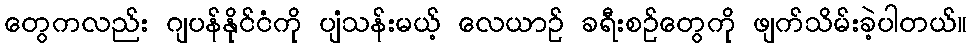
တွေကလည်း ဂျပန်နိုင်ငံကို ပျံသန်းမယ့် လေယာဉ် ခရီးစဉ်တွေကို ဖျက်သိမ်းခဲ့ပါတယ်။